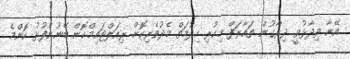
އޭނާ ވިދާޅުވީ ދިރާގުން ތައާރަފް މިކުރި ހިދުމަތް މެދުވެރިކޮށް ރިއަލްޓައިމްކޮން ބޭނުންފުޅު ކޮންމެ